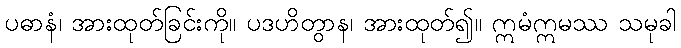
ပဓာနံ၊ အားထုတ်ခြင်းကို။ ပဒဟိတွာန၊ အားထုတ်၍။ ဣမံဣမဿ သမုခါ